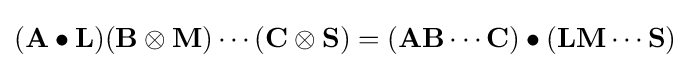
(\mathbf {A} \bullet \mathbf {L} )(\mathbf {B} \otimes \mathbf {M} )\cdots (\mathbf {C} \otimes \mathbf {S} )=(\mathbf {A} \mathbf {B} \cdots \mathbf {C} )\bullet (\mathbf {L} \mathbf {M} \cdots \mathbf {S} )